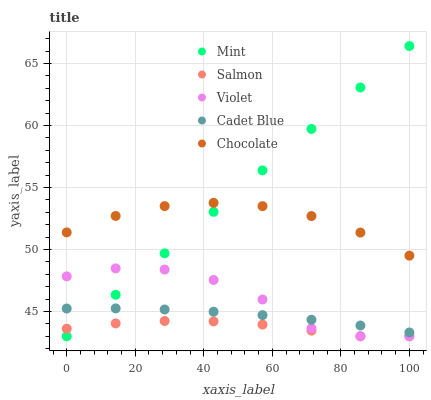
| xaxis_label | Mint | Salmon | Violet | Cadet Blue | Chocolate |
 | --- | --- | --- | --- | --- | --- |
 | 0 | 43 | 43.6 | 47.8 | 45.2 | 51.4 |
 | 14.3 | 46.3 | 44 | 48.5 | 45.2 | 52.7 |
 | 28.6 | 49.7 | 44.2 | 48.4 | 45.2 | 53.5 |
 | 42.9 | 53 | 44.2 | 47.5 | 45 | 53.8 |
 | 57.1 | 56.4 | 43.9 | 46 | 44.7 | 53.5 |
 | 71.4 | 59.7 | 43.5 | 43.6 | 44.3 | 52.7 |
 | 85.7 | 63.1 | 43 | 43 | 43.9 | 51.4 |
 | 100 | 66.4 | 43 | 43 | 43.3 | 49.5 |